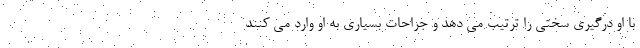
با او درگیری سختی را ترتیب می دهد و جراحات بسیاری به او وارد می کنند